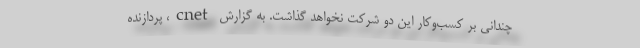
چندانی بر کسب‌وکار این دو شرکت نخواهد گذاشت. به گزارش cnet، پردازنده